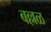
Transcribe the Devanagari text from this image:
बल्लळ